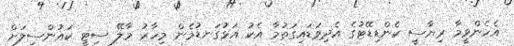
އެހެންވީމާ ރިޔާސީ ކެންޑިޑޭޓުގެ އެދިވަޑައިގަތުމާ އެކު އަޅުގަނޑުމެން މިހާރު މާލޭ ސިޓީ ކައުންސިލަށް